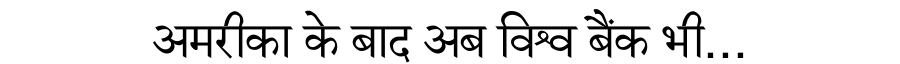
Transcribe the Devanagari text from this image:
अमरीका के बाद अब विश्व बैंक भी...